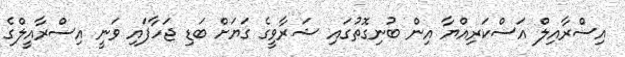
އިސްރާއިލް އަސްކަރިއްޔާ އިން ބުނިގޮތުގައި ޝަރާވީގެ ގަޔަށް ބަޑި ޖަހާފައި ވަނީ އިސްރާއީލްގެ